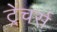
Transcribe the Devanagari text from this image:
ट्रेंचर्स